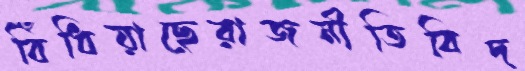
বিঁধিয়াছেরাজনীতিবিদ